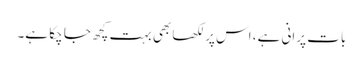
بات پرانی ہے، اس پر لکھا بھی بہت کچھ جا چکا ہے۔